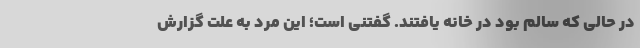
در حالی که سالم بود در خانه یافتند. گفتنی است؛ این مرد به علت گزارش